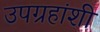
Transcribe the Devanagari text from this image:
उपग्रहांशी